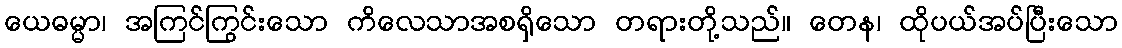
ယေဓမ္မာ၊ အကြင်ကြွင်းသော ကိလေသာအစရှိသော တရားတို့သည်။ တေန၊ ထိုပယ်အပ်ပြီးသော